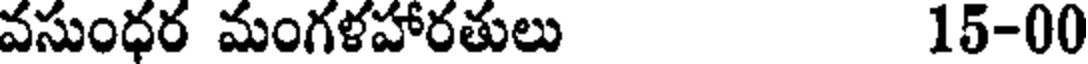
వసుంధర మంగళహారతులు 15-00